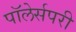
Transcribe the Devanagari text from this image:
पॉलेर्सपरी